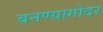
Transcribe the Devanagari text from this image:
बनण्यागोदर